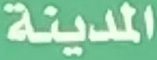
المدينة